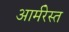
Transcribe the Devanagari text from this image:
आर्मरेस्त